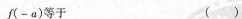
f(-a)等于( )